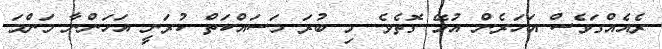
ރެއެއްގަވެސް އަހަރެން އުޅޭ ގޮތެވެ. މި ބުރަ މަސައްކަތް ކުރަނީ އަހަންނާ މަންމަ